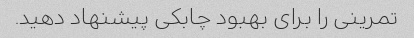
تمرینی را برای بهبود چابکی پیشنهاد دهید.